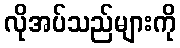
လိုအပ်သည်များကို